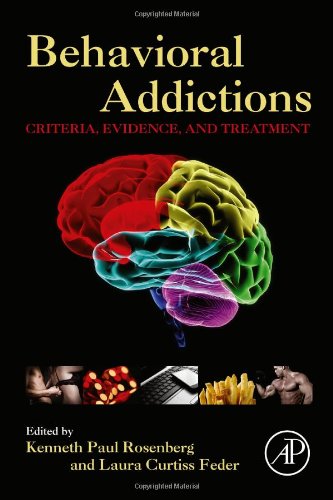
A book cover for Behavioral Addictions: Criteria, Evidence, and Treatment; Medical Books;